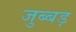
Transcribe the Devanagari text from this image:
जुब्बड़